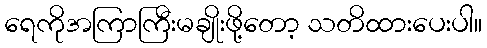
ရေကိုအကြာကြီးမချိုးဖို့တော့ သတိထားပေးပါ။